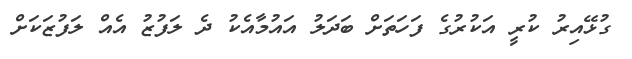
ގުޅޭއިރު ކުރީ އަކުރުގެ ފަހަތަށް ބަދަލު އައުމާއެކު ދެ ލަފުޒު އެއް ލަފުޒަކަށް